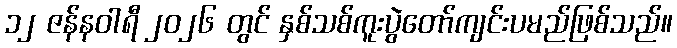
၁၂ ဇန်နဝါရီ ၂၀၂၆ တွင် နှစ်သစ်ကူးပွဲတော်ကျင်းပမည်ဖြစ်သည်။